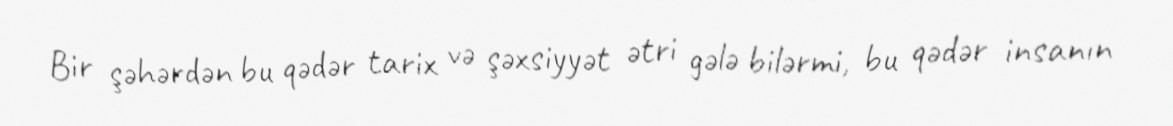
Bir şəhərdən bu qədər tarix və şəxsiyyət ətri gələ bilərmi, bu qədər insanın